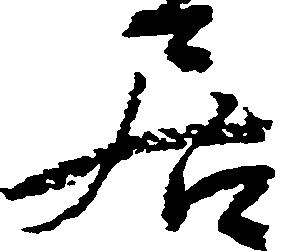
居